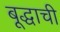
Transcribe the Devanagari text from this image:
बूद्धाची